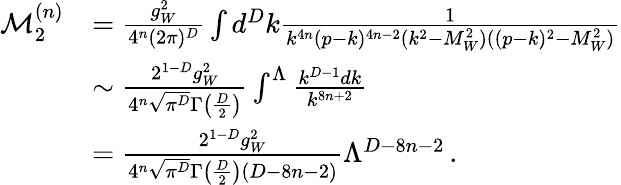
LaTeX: \begin{array}{rl}{\mathcal{M}_{2}^{(n)}}&{=\frac{g_{W}^{2}}{4^{n}(2\pi)^{D}}\int d^{D}k\frac{1}{k^{4n}(p-k)^{4n-2}(k^{2}-M_{W}^{2})((p-k)^{2}-M_{W}^{2})}}\\ &{\sim\frac{2^{1-D}g_{W}^{2}}{4^{n}\sqrt{\pi^{D}}\Gamma\big(\frac{D}{2}\big)}\int^{\Lambda}\frac{k^{D-1}dk}{k^{8n+2}}}\\ &{=\frac{2^{1-D}g_{W}^{2}}{4^{n}\sqrt{\pi^{D}}\Gamma\big(\frac{D}{2}\big)(D-8n-2)}\Lambda^{D-8n-2}\, .}\end{array}